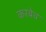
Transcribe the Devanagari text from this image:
करबेव